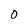
Character: 0